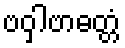
ဗဝှါဗာဓတ္တံ